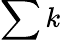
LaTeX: \sum k